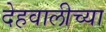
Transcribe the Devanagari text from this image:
देहवालीच्या